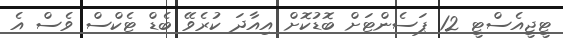
ޓީޖީއެސްޓީ 12 ޕަސެންޓަށް ބޮޑުކޮށް އިއާދަ ކުރެވޭ ބެޑް ޓެކްސް ވެސް އެ